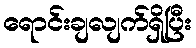
ရောင်းချလျက်ရှိပြီး